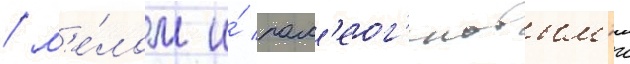
/ м'е́лом и́ пал'еог'еновым'и